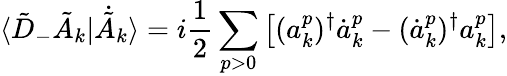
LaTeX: \langle\tilde{D}_{-}\tilde{A}_{k}|\dot{\tilde{A}}_{k}\rangle=i\frac{1}{2}\sum_{p>0}\big[(a_{k}^{p})^{\dagger}\dot{a}_{k}^{p}-(\dot{a}_{k}^{p})^{\dagger}a_{k}^{p}\big],